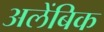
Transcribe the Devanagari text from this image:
अलेंबिक